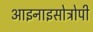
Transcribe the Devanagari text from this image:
आइनाइसोट्रोपी